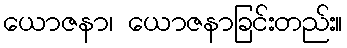
ယောဇနာ၊ ယောဇနာခြင်းတည်း။